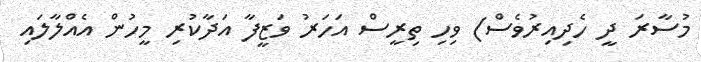
މުސާރަ ދީ ހެދިއިރުވެސް) ވިހި ތިރީސް އަހަރު ވަޒީފާ އަދާކުރި މީހުން އެއްލާލައި